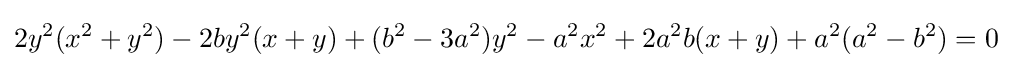
2y^{2}(x^{2}+y^{2})-2by^{2}(x+y)+(b^{2}-3a^{2})y^{2}-a^{2}x^{2}+2a^{2}b(x+y)+a^{2}(a^{2}-b^{2})=0